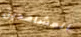
المشاهدين